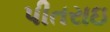
પીતરાઇ